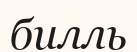
билль